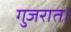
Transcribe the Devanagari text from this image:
गुजरात।